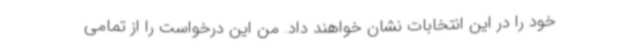
خود را در این انتخابات نشان خواهند داد. من این درخواست را از تمامی